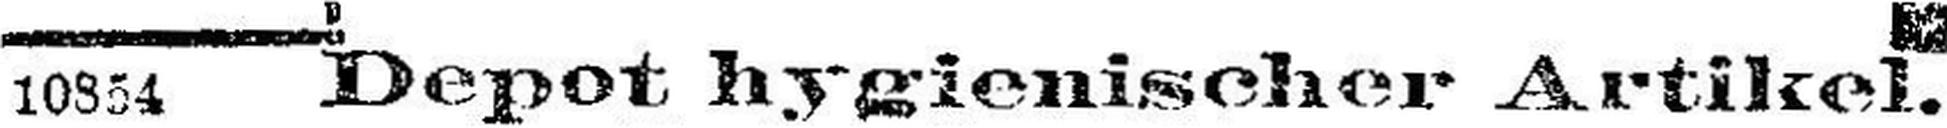
10854 Depot hygienischer Artikel.